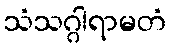
သံသဂ္ဂါရာမတံ